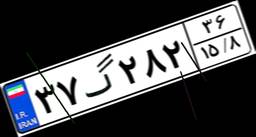
۳۷گ۲۸۲۳۶